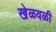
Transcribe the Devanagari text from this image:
खेळवळी